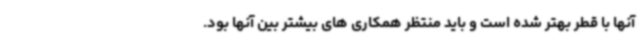
آنها با قطر بهتر شده است و باید منتظر همکاری های بیشتر بین آنها بود.